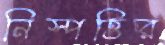
নিস্পত্তির